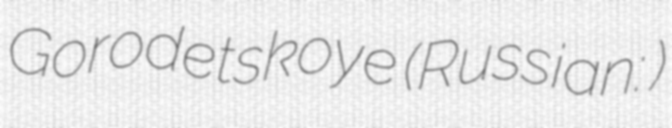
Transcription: Gorodetskoye (Russian: Городецкое)